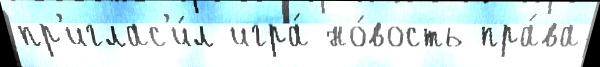
пр'иглас'и́л игра́ но́вость пра́ва